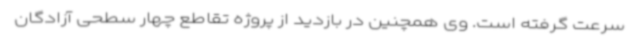
سرعت گرفته است. وی همچنین در بازدید از پروژه تقاطع چهار سطحی آزادگان